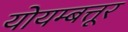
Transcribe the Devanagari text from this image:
योयम्बत्तूर